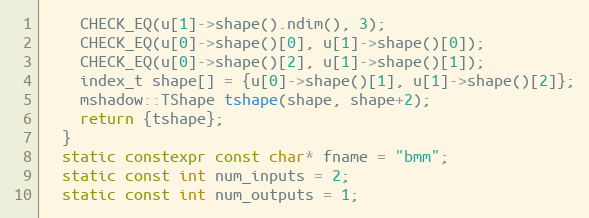
Language: C++
    CHECK_EQ(u[1]->shape().ndim(), 3);
    CHECK_EQ(u[0]->shape()[0], u[1]->shape()[0]);
    CHECK_EQ(u[0]->shape()[2], u[1]->shape()[1]);
    index_t shape[] = {u[0]->shape()[1], u[1]->shape()[2]};
    mshadow::TShape tshape(shape, shape+2);
    return {tshape};
  }
  static constexpr const char* fname = "bmm";
  static const int num_inputs = 2;
  static const int num_outputs = 1;